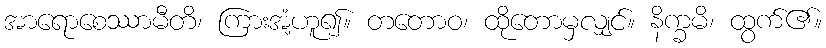
အာရောစေဿာမီတိ၊ ကြားအံ့ဟူ၍။ တတောဝ၊ ထိုတောမှလျှင်။ နိက္ခမိ၊ ထွက်၏။